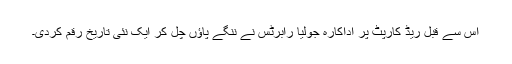
اس سے قبل ریڈ کارپٹ پر اداکارہ جولیا رابرٹس نے ننگے پاﺅں چل کر ایک نئی تاریخ رقم کردی۔